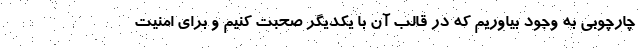
چارچوبی به وجود بیاوریم که در قالب آن با یکدیگر صحبت کنیم و برای امنیت